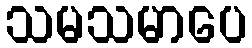
သမသမာပေ